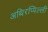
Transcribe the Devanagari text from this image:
अथिरप्पिल्ली